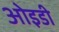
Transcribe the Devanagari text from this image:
ओइडी